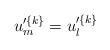
LaTeX: \begin{align*}\displaystyle{ u'^{\{k\}}_m=u'^{\{k\}}_l }\end{align*}